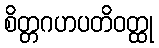
စိတ္တဂဟပတိဝတ္ထု